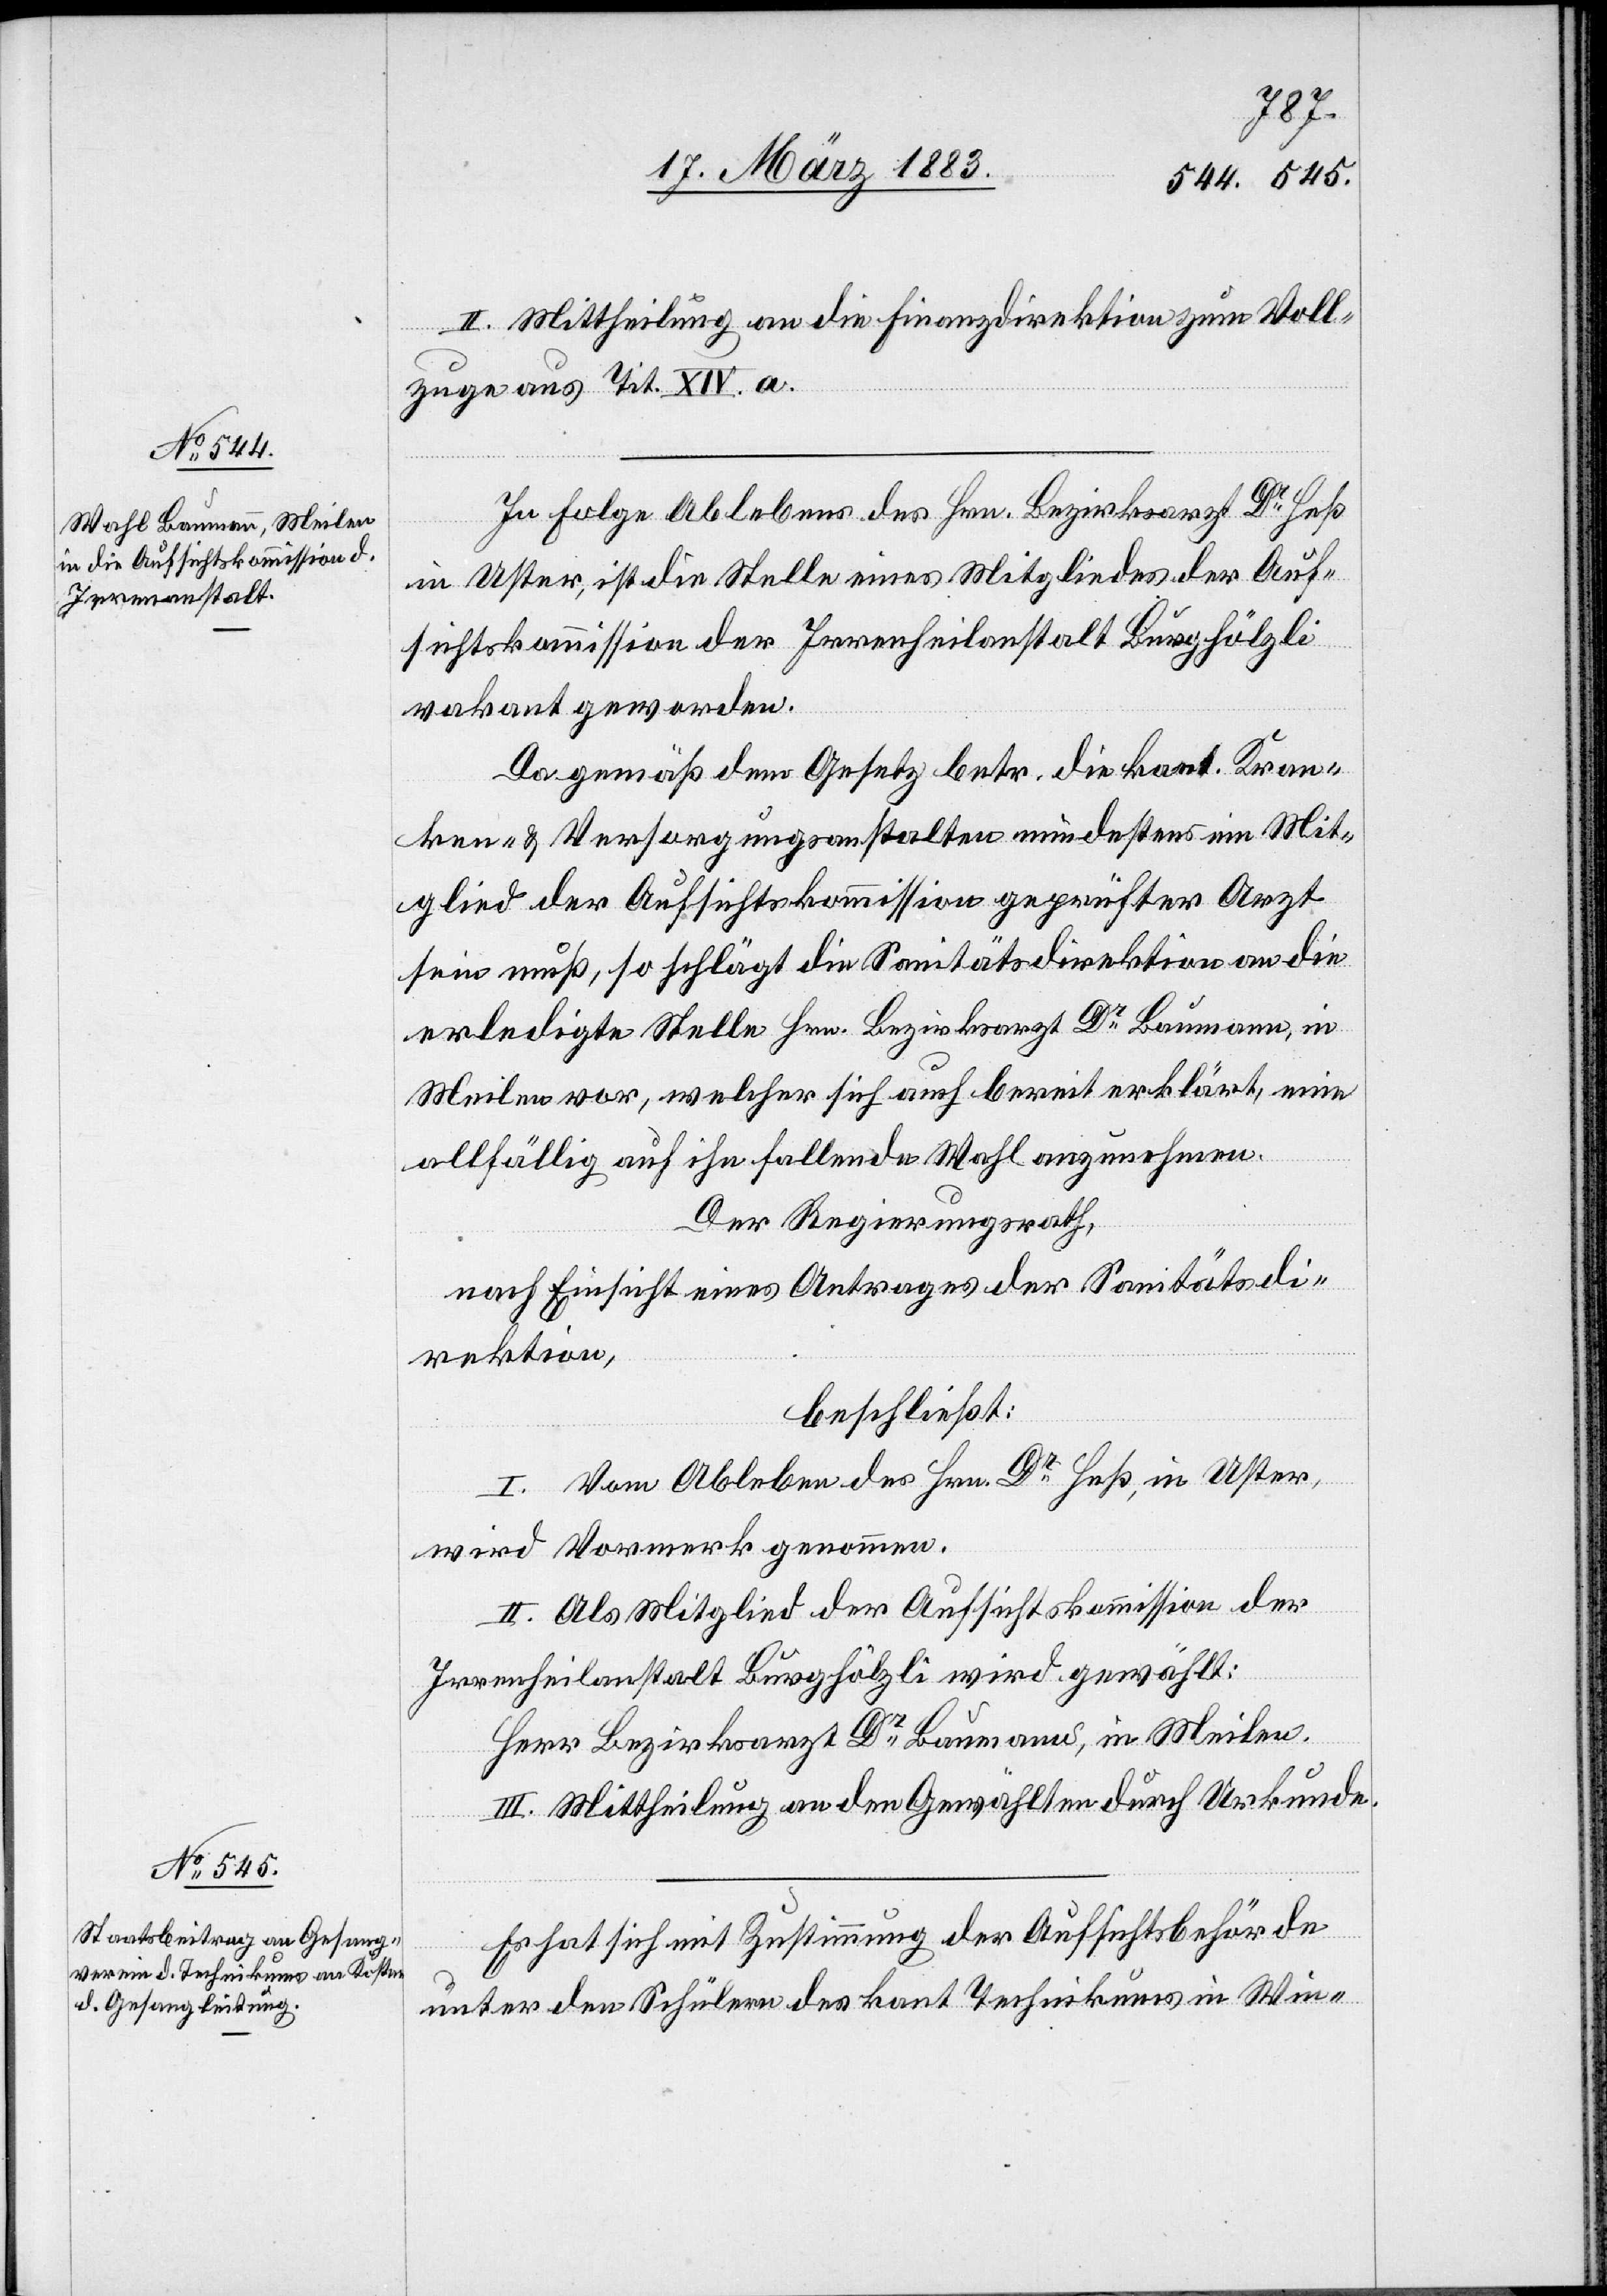
II. Mittheilung an die Finanzdirektion zum Voll¬
zuge aus Tit. XIV. a.
In Folge Ablebens des Hrn. Bezirksarzt Dr Heß
in Uster, ist die Stelle eines Mitgliedes der Auf¬
sichtskommission der Irrenheilanstalt Burghölzli
vakant geworden.
Da gemäß dem Gesetz betr. die kant. Kran¬
ken- & Versorgungsanstalten mindestens ein Mit¬
glied der Aufsichtskommission geprüfter Arzt
sein muß, so schlägt die Sanitätsdirektion an die
erledigte Stelle Hrn. Bezirksarzt Dr Baumann, in
Meilen vor, welcher sich auch bereit erklärt, eine
allfällig auf ihn fallende Wahl anzunehmen.
Der Regierungsrath,
nach Einsicht eines Antrages der Sanitätsdi¬
rektion,
beschließt:
I. Vom Ableben des Hrn. Dr Heß, in Uster,
wird Vormerk genommen.
II. Als Mitglied der Aufsichtskommission der
Irrenheilanstalt Burghölzli wird gewählt:
Herr Bezirksarzt Dr Baumann, in Meilen.
III. Mittheilung an den Gewählten durch Urkunde.
Es hat sich mit Zustimmung der Aufsichtsbehörde
unter den Schülern des kant. Technikums in Win-